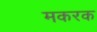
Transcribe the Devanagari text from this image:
मकरक